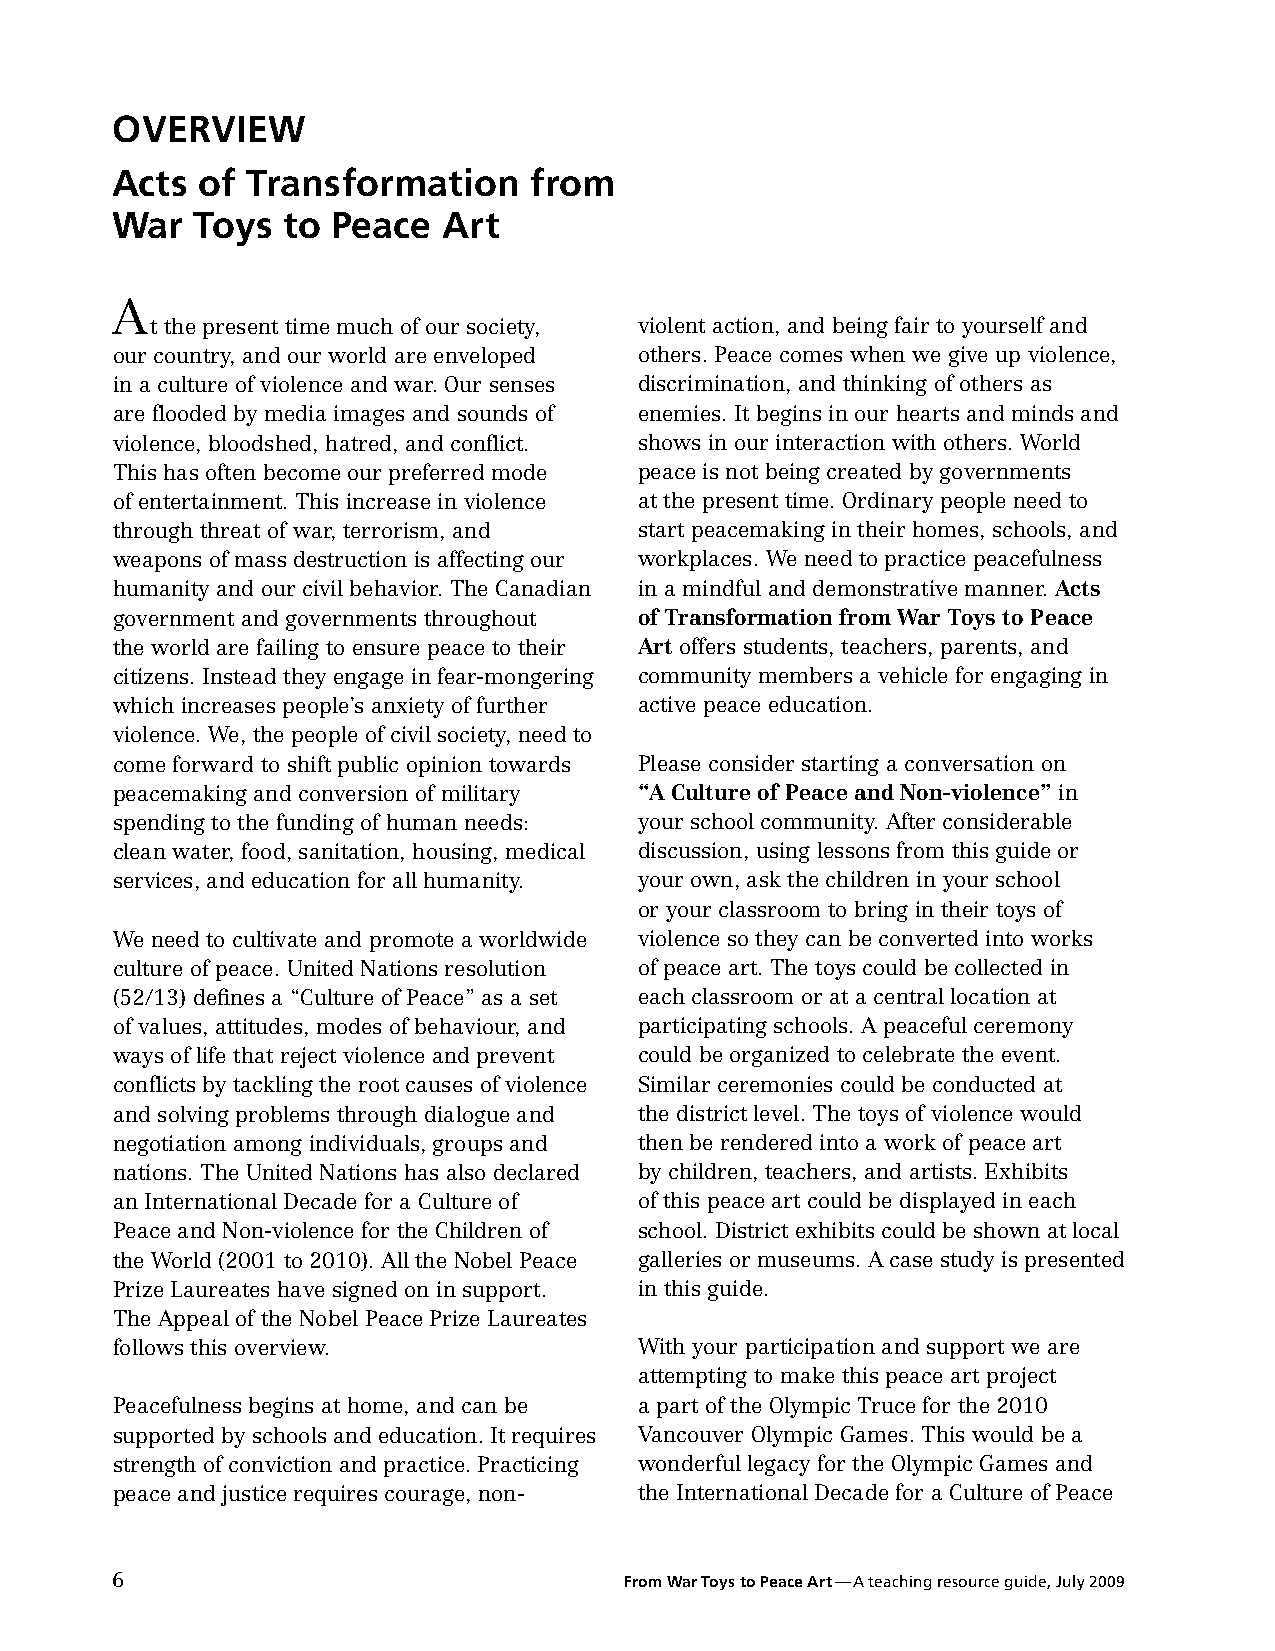
OveRvieW
 Acts  of Transformation     from
 War   Toys  to Peace  Art
 A
 t the present time much of our society, violent action, and being fair to yourself and
 our country, and our world are enveloped others. Peace comes when we give up violence,
 in a culture of violence and war. Our senses discrimination, and thinking of others as
 are flooded by media images and sounds of enemies. It begins in our hearts and minds and
 violence, bloodshed, hatred, and conflict. shows in our interaction with others. World
 This has often become our preferred mode peace is not being created by governments
 of entertainment. This increase in violence at the present time. Ordinary people need to
 through threat of war, terrorism, and start peacemaking in their homes, schools, and
 weapons of mass destruction is affecting our workplaces. We need to practice peacefulness
 humanity and our civil behavior. The Canadian in a mindful and demonstrative manner. Acts
 government and governments throughout of Transformation from War Toys to Peace
 the world are failing to ensure peace to their Art offers students, teachers, parents, and
 citizens. Instead they engage in fear-mongering community members a vehicle for engaging in
 which increases people’s anxiety of further active peace education.
 violence. We, the people of civil society, need to
 come forward to shift public opinion towards Please consider starting a conversation on
 peacemaking and conversion of military “A Culture of Peace and Non-violence” in
 spending to the funding of human needs: your school community. After considerable
 clean water, food, sanitation, housing, medical discussion, using lessons from this guide or
 services, and education for all humanity. your own, ask the children in your school
 or your classroom to bring in their toys of
 We need to cultivate and promote a worldwide violence so they can be converted into works
 culture of peace. United Nations resolution of peace art. The toys could be collected in
 (52/13) defines a “Culture of Peace” as a set each classroom or at a central location at
 of values, attitudes, modes of behaviour, and participating schools. A peaceful ceremony
 ways of life that reject violence and prevent could be organized to celebrate the event.
 conflicts by tackling the root causes of violence Similar ceremonies could be conducted at
 and solving problems through dialogue and the district level. The toys of violence would
 negotiation among individuals, groups and then be rendered into a work of peace art
 nations. The United Nations has also declared by children, teachers, and artists. Exhibits
 an International Decade for a Culture of of this peace art could be displayed in each
 Peace and Non-violence for the Children of school. District exhibits could be shown at local
 the World (2001 to 2010). All the Nobel Peace galleries or museums. A case study is presented
 Prize Laureates have signed on in support. in this guide.
 The Appeal of the Nobel Peace Prize Laureates
 follows this overview.             With your participation and support we are
 attempting to make this peace art project
 Peacefulness begins at home, and can be a part of the Olympic Truce for the 2010
 supported by schools and education. It requires Vancouver Olympic Games. This would be a
 strength of conviction and practice. Practicing wonderful legacy for the Olympic Games and
 peace and justice requires courage, non- the International Decade for a Culture of Peace
 6                                 From War Toys to Peace Art —A teaching resource guide, July 2009